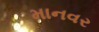
માનવર